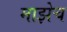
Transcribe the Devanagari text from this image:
माझेच